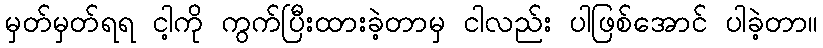
မှတ်မှတ်ရရ ငါ့ကို ကွက်ပြီးထားခဲ့တာမှ ငါလည်း ပါဖြစ်အောင် ပါခဲ့တာ။